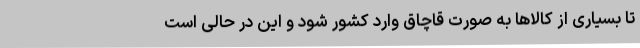
تا بسیاری از کالاها به صورت قاچاق وارد کشور شود و این در حالی است